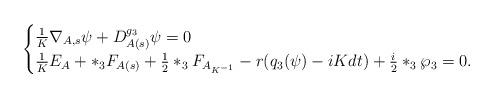
LaTeX: \begin{align*} \begin{cases}\frac{1}{K}\nabla_{A, s} \psi + D^{g_3}_{A(s)} \psi =0 \\\frac{1}{K} E_A + *_3 F_{A(s)} + \frac{1}{2}*_3 F_{A_{K^{-1}}} -r(q_3(\psi) -iKdt) + \frac{i}{2}*_3\wp_3=0. \end{cases}\end{align*}